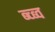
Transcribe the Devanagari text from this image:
ब्च्ब्व